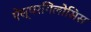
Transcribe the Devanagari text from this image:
ऐस्परगिलोसिस